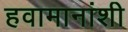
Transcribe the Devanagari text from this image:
हवामानांशी